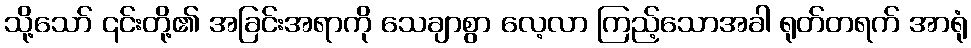
သို့သော် ၎င်းတို့၏ အခြင်းအရာကို သေချာစွာ လေ့လာ ကြည့်သောအခါ ရုတ်တရက် အာရုံ